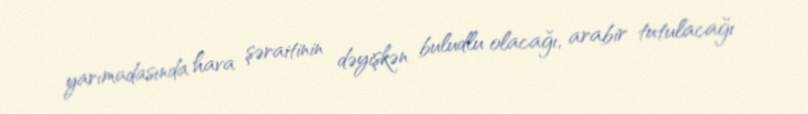
yarımadasında hava şəraitinin dəyişkən buludlu olacağı, arabir tutulacağı